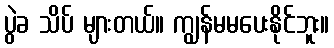
ပွဲခ သိပ် များတယ်။ ကျွန်မမပေးနိုင်ဘူး။